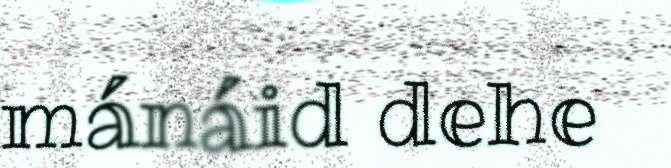
mánáid dehe